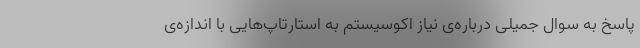
پاسخ به سوال جمیلی درباره‌ی نیاز اکوسیستم به استارتاپ‌هایی با اندازه‌ی